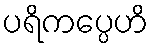
ပရိကပ္ပေဟိ